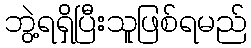
ဘွဲ့ရရှိပြီးသူဖြစ်ရမည်